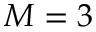
M = 3